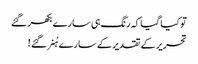
تو کیا گیا کہ رنگ ہی سارے بکھر گئے
تحریر کے تقدیر کے سارے ہُنر گئے !